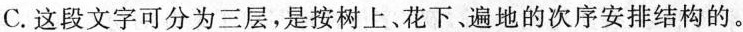
C.这段文字可分为三层，是按树上、花下、遍地的次序安排结构的。